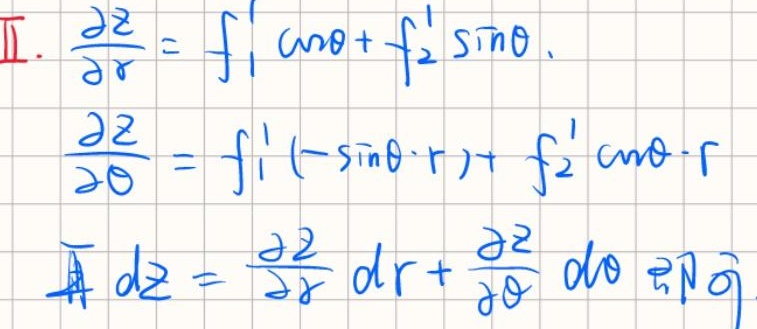
I. $\frac{\partial z}{\partial r}=f_{1}'\cos\theta + f_{2}'\sin\theta$,
$\frac{\partial z}{\partial \theta}=f_{1}'(-\sin\theta\cdot r)+f_{2}'\cos\theta\cdot r$
II. $dz=\frac{\partial z}{\partial r}dr + \frac{\partial z}{\partial \theta}d\theta$ 即可.